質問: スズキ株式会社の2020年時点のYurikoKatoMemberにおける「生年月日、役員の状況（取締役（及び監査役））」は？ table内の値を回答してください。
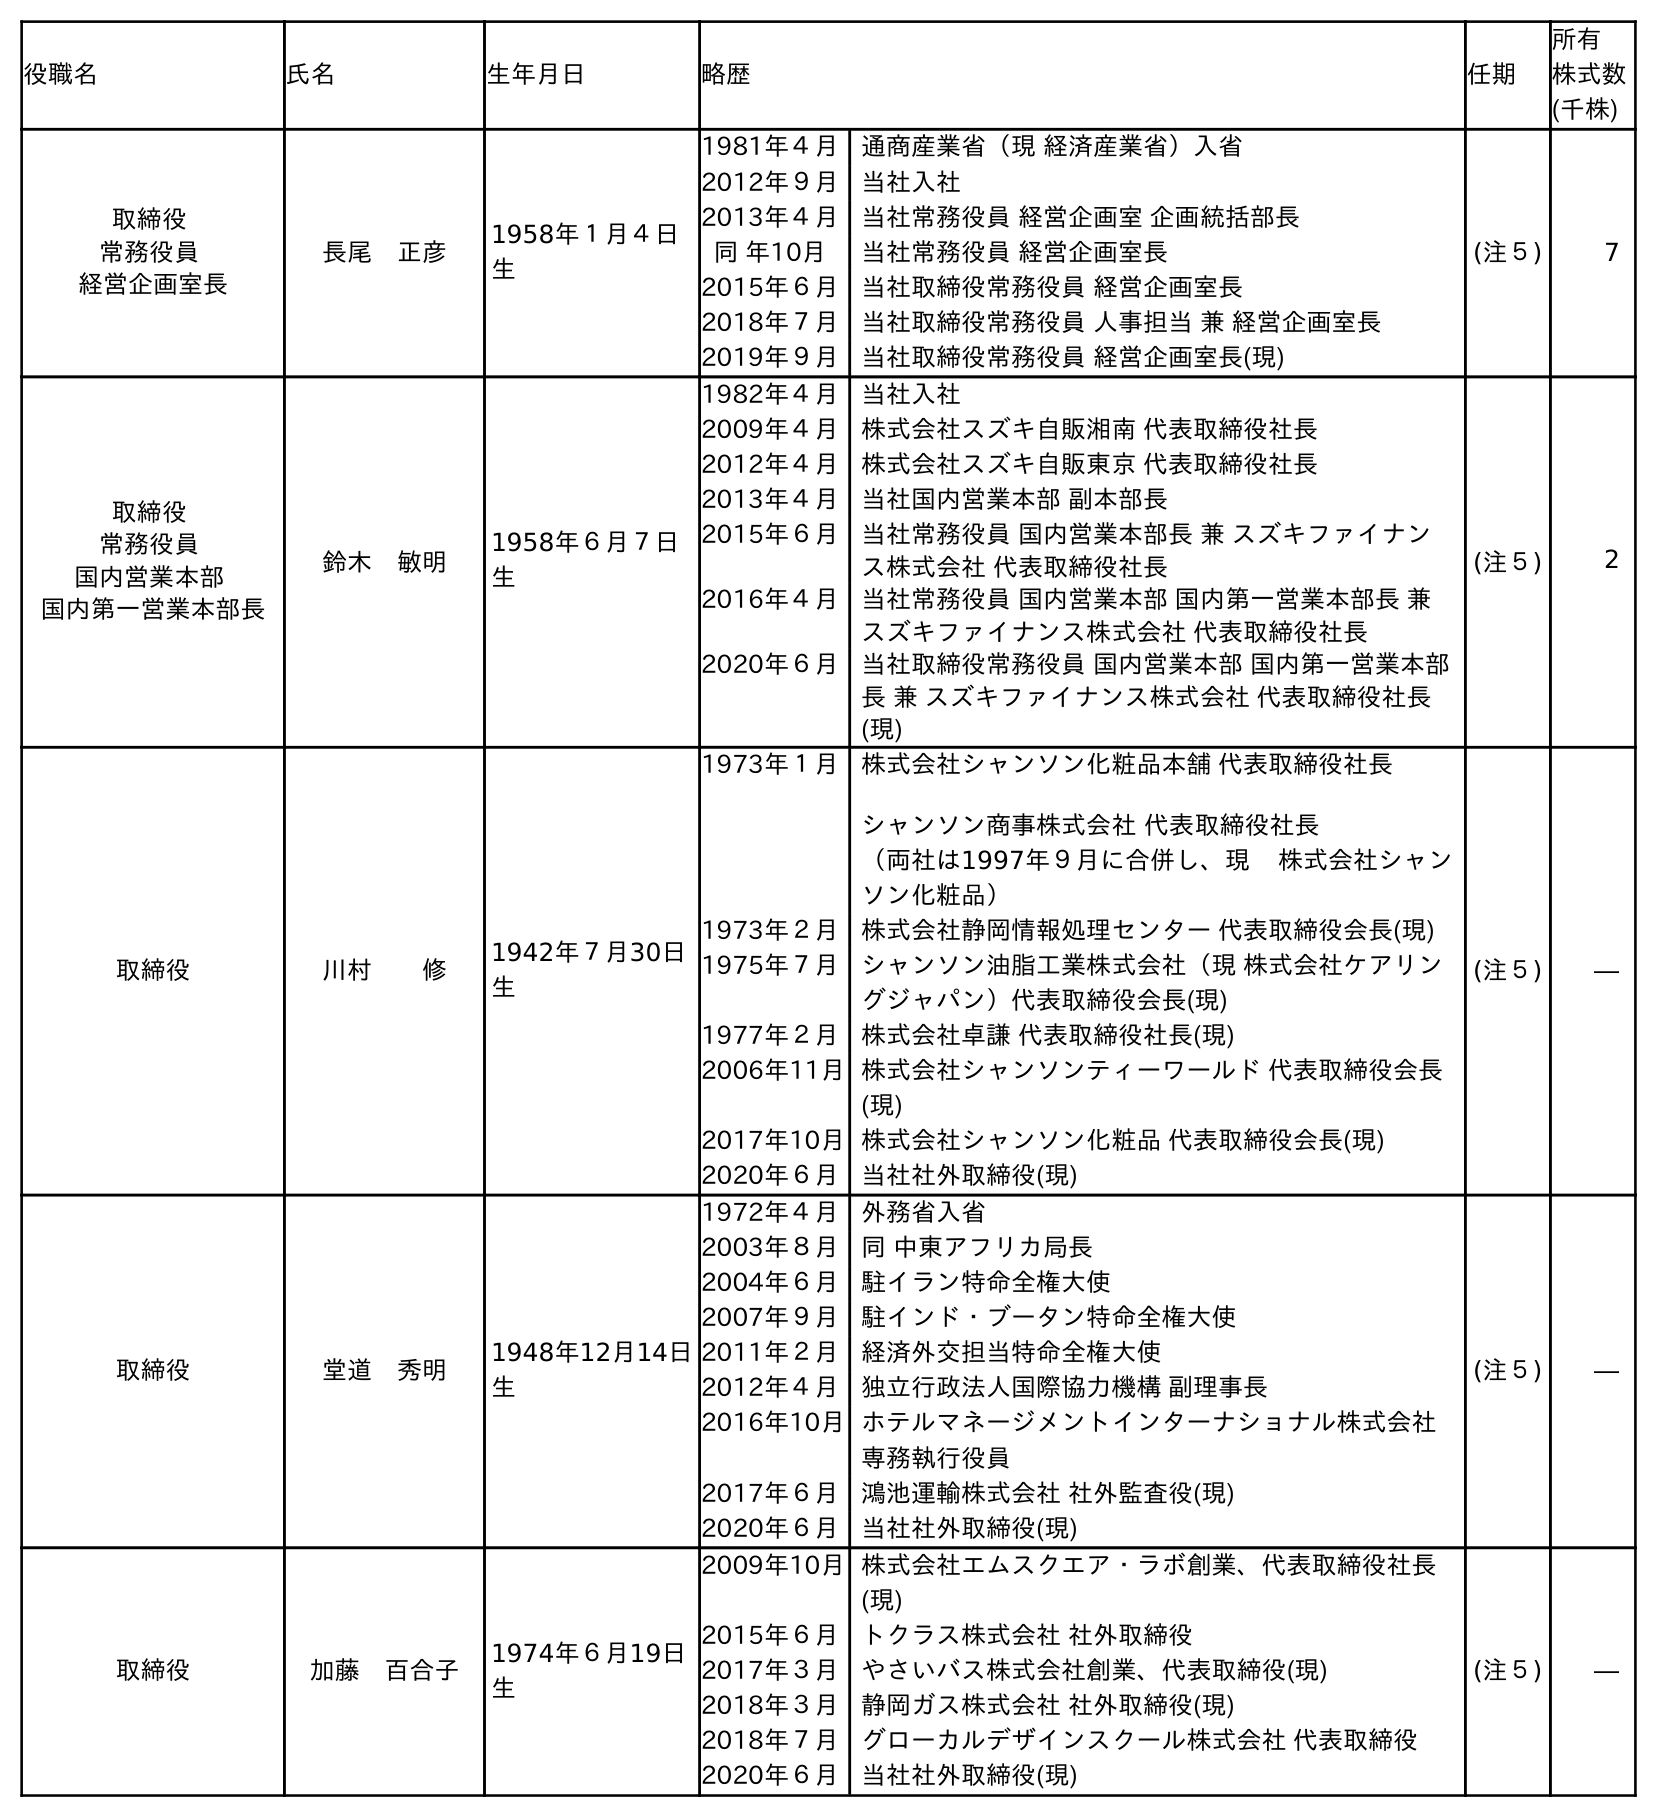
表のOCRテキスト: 役職名 氏名 生年月日 略歴 任期 所有 株式数 (千株) 取締役 常務役員 経営企画室長 長尾 正彦 1958年１月４日 生 1981年４月 通商産業省（現 経済産業省）入省 2012年９月 当社入社 2013年４月 当社常務役員 経営企画室 企画統括部長 同 年10月 当社常務役員 経営企画室長 2015年６月 当社取締役常務役員 経営企画室長 2018年７月 当社取締役常務役員 人事担当 兼 経営企画室長 2019年９月 当社取締役常務役員 経営企画室長(現) (注５) 7 取締役 常務役員 国内営業本部 国内第一営業本部長 鈴木 敏明 1958年６月７日 生 1982年４月 当社入社 2009年４月 株式会社スズキ自販湘南 代表取締役社長 2012年４月 株式会社スズキ自販東京 代表取締役社長 2013年４月 当社国内営業本部 副本部長 2015年６月 当社常務役員 国内営業本部長 兼 スズキファイナン ス株式会社 代表取締役社長 2016年４月 当社常務役員 国内営業本部 国内第一営業本部長 兼 スズキファイナンス株式会社 代表取締役社長 2020年６月 当社取締役常務役員 国内営業本部 国内第一営業本部 長 兼 スズキファイナンス株式会社 代表取締役社長 (現) (注５) 2 取締役 川村  修 1942年７月30日 生 1973年１月 株式会社シャンソン化粧品本舗 代表取締役社長 シャンソン商事株式会社 代表取締役社長 （両社は1997年９月に合併し、現 株式会社シャン ソン化粧品） 1973年２月 株式会社静岡情報処理センター 代表取締役会長(現) 1975年７月 シャンソン油脂工業株式会社（現 株式会社ケアリン グジャパン）代表取締役会長(現) 1977年２月 株式会社卓謙 代表取締役社長(現) 2006年11月株式会社シャンソンティーワールド 代表取締役会長 (現) 2017年10月株式会社シャンソン化粧品 代表取締役会長(現) 2020年６月 当社社外取締役(現) (注５) ― 取締役 堂道 秀明 1948年12月14日 生 1972年４月 外務省入省 2003年８月 同 中東アフリカ局長 2004年６月 駐イラン特命全権大使 2007年９月 駐インド・ブータン特命全権大使 2011年２月 経済外交担当特命全権大使 2012年４月 独立行政法人国際協力機構 副理事長 2016年10月ホテルマネージメントインターナショナル株式会社 専務執行役員 2017年６月 鴻池運輸株式会社 社外監査役(現) 2020年６月 当社社外取締役(現) (注５) ― 取締役 加藤 百合子 1974年６月19日 生 2009年10月株式会社エムスクエア・ラボ創業、代表取締役社長 (現) 2015年６月 トクラス株式会社 社外取締役 2017年３月 やさいバス株式会社創業、代表取締役(現) 2018年３月 静岡ガス株式会社 社外取締役(現) 2018年７月 グローカルデザインスクール株式会社 代表取締役 2020年６月 当社社外取締役(現) (注５) ―
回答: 1974年６月19日生